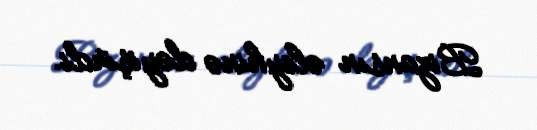
Bizansın əleyhinə dəyişirdi.